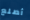
أصلع